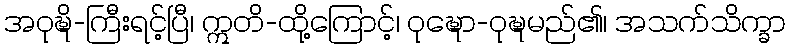
အဝုဍ္ဎိ-ကြီးရင့်ပြီ၊ ဣတိ-ထို့ကြောင့်၊ ဝုဍ္ဎော-ဝုဍ္ဎမည်၏၊ အသက်သိက္ခာ